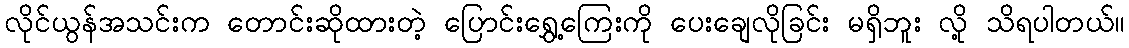
လိုင်ယွန်အသင်းက တောင်းဆိုထားတဲ့ ပြောင်းရွှေ့ကြေးကို ပေးချေလိုခြင်း မရှိဘူး လို့ သိရပါတယ်။